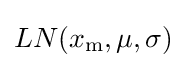
LN(x_{\mathrm {m} },\mu ,\sigma )